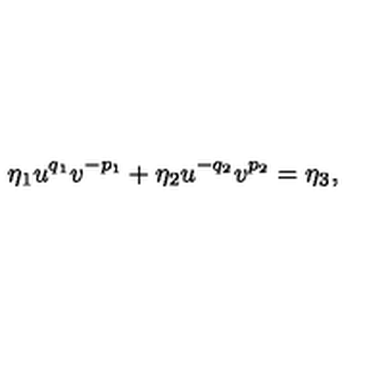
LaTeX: \eta _ { 1 } u ^ { q _ { 1 } } v ^ { - p _ { 1 } } + \eta _ { 2 } u ^ { - q _ { 2 } } v ^ { p _ { 2 } } = \eta _ { 3 } ,